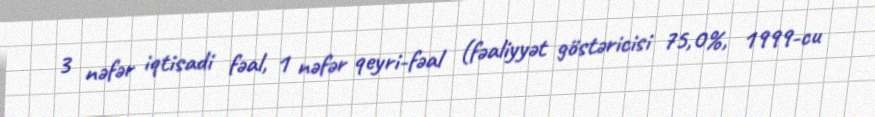
3 nəfər iqtisadi fəal, 1 nəfər qeyri-fəal (fəaliyyət göstəricisi 75,0%, 1999-cu